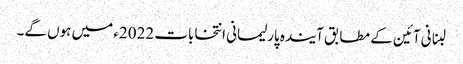
لبنانی آئین کے مطابق آیندہ پارلیمانی انتخابات 2022ء میں ہوں گے۔